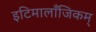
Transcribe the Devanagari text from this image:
इटिमालाँजिकम्